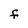
Character: f